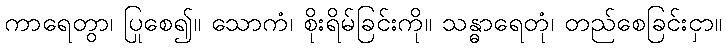
ကာရေတွာ၊ ပြုစေ၍။ သောကံ၊ စိုးရိမ်ခြင်းကို။ သန္ဓာရေတုံ၊ တည်စေခြင်းငှာ။